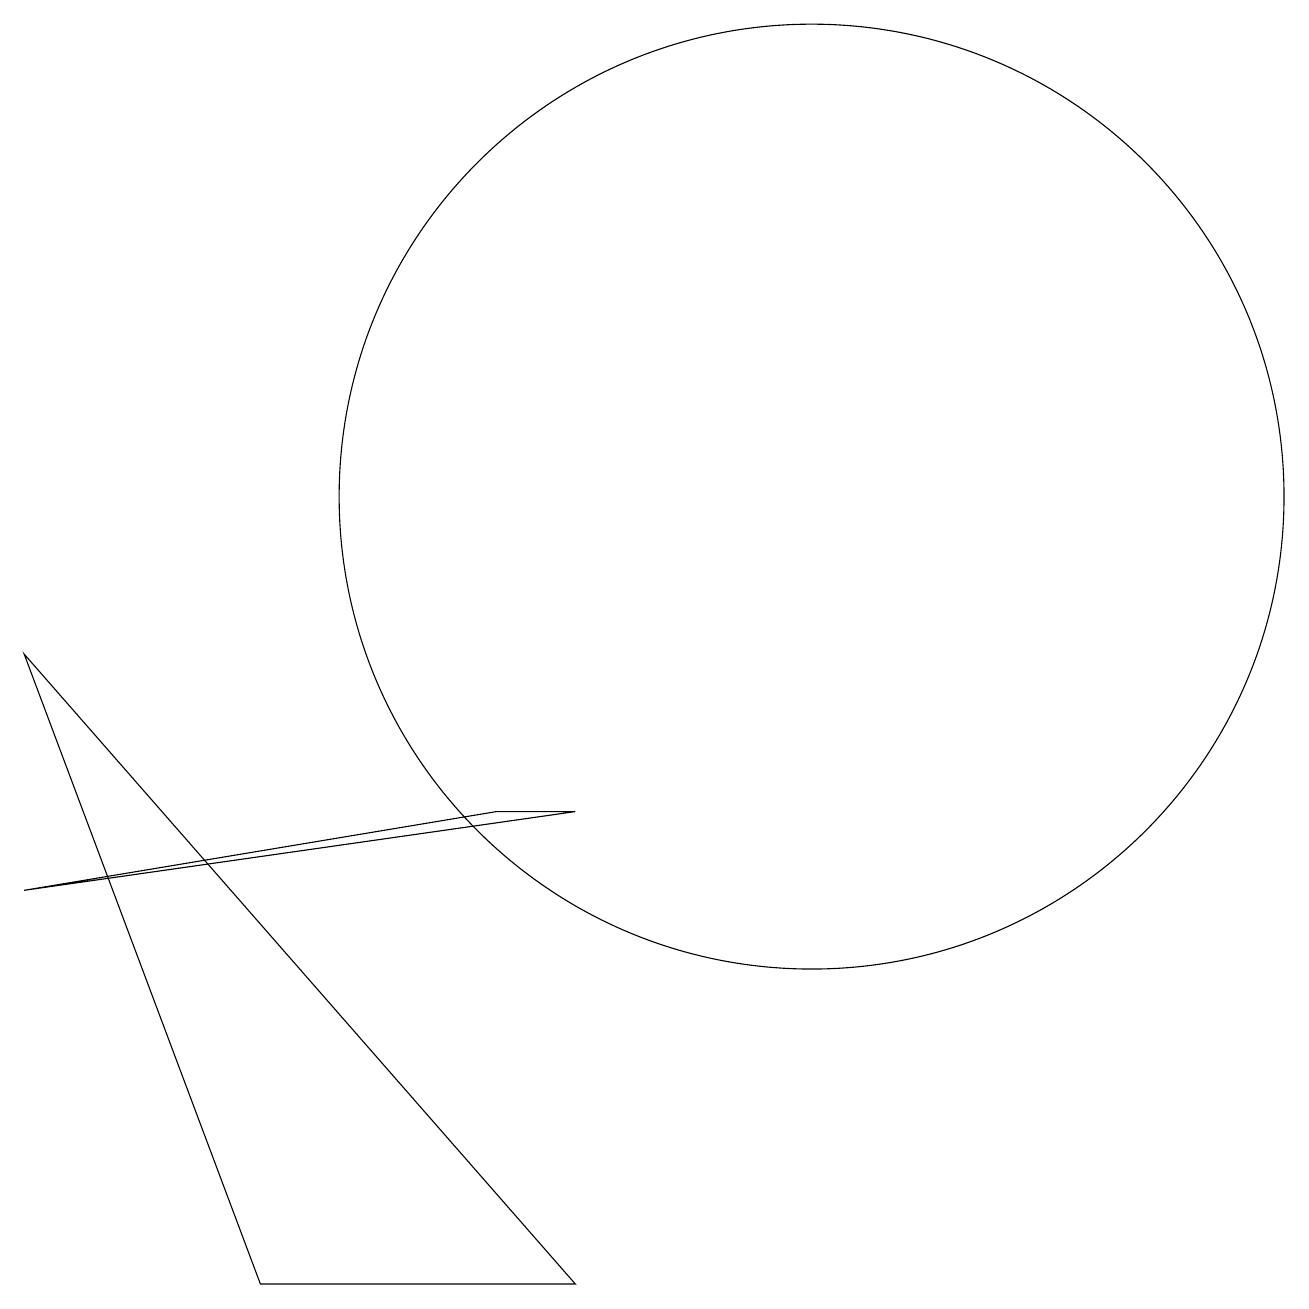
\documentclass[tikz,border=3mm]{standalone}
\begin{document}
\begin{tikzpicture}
\draw (1,8) -- (8,0) -- (4,0) -- cycle;
\draw (8,6) -- (7,6) -- (1,5) -- cycle;
\draw (11,10) circle (6);
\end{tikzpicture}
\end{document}